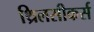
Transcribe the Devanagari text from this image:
थ्रिलसीकर्स